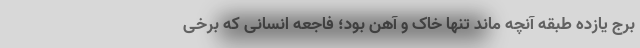
برج یازده طبقه آنچه ماند تنها خاک و آهن بود؛ فاجعه انسانی که برخی